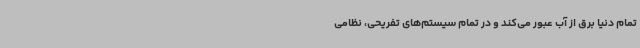
تمام دنیا برق از آب عبور می‌کند و در تمام سیستم‌های تفریحی، نظامی